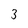
Character: 3